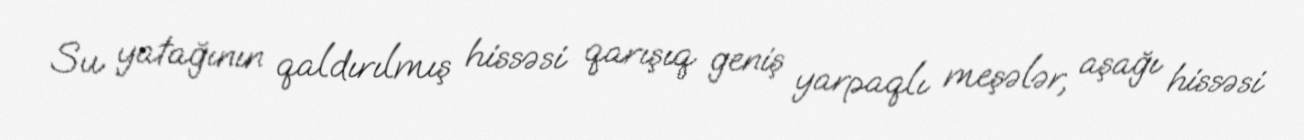
Su yatağının qaldırılmış hissəsi qarışıq geniş yarpaqlı meşələr, aşağı hissəsi